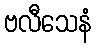
ဗလီသေနံ